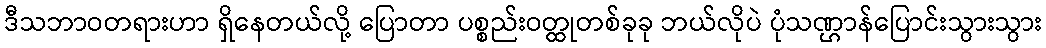
ဒီသဘာဝတရားဟာ ရှိနေတယ်လို့ ပြောတာ ပစ္စည်းဝတ္ထုတစ်ခုခု ဘယ်လိုပဲ ပုံသဏ္ဌာန်ပြောင်းသွားသွား